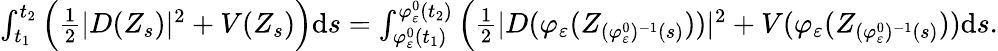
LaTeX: \begin{array}{r}{\int_{t_{1}}^{t_{2}}\Big(\frac{1}{2}|D(Z_{s})|^{2}+V(Z_{s})\Big)\mathrm{d}s=\int_{\varphi_{\varepsilon}^{0}(t_{1})}^{\varphi_{\varepsilon}^{0}(t_{2})}\Big(\frac{1}{2}|D(\varphi_{\varepsilon}(Z_{(\varphi_{\varepsilon}^{0})^{-1}(s)}))|^{2}+V(\varphi_{\varepsilon}(Z_{(\varphi_{\varepsilon}^{0})^{-1}(s)}))\mathrm{d}s.}\end{array}